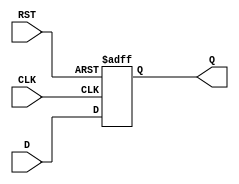
module synchronous_register (
    input wire D,        // Data input
    input wire CLK,      // Clock input
    input wire RST,      // Asynchronous reset
    output reg Q         // Data output
);

// Always block triggered on the rising edge of the clock or the asynchronous reset
always @(posedge CLK or posedge RST) begin
    if (RST) begin
        Q <= 1'b0;      // Clear output to 0 when reset is asserted
    end else begin
        Q <= D;         // Store data input D into output Q on clock edge
    end
end

endmodule